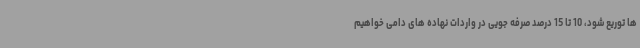
ها توریع شود، 10 تا 15 درصد صرفه جویی در واردات نهاده های دامی خواهیم